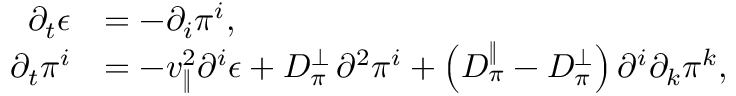
\begin{array} { r l } { \partial _ { t } \epsilon } & { = - \partial _ { i } \pi ^ { i } , } \\ { \partial _ { t } \pi ^ { i } } & { = - v _ { \| } ^ { 2 } \partial ^ { i } \epsilon + D _ { \pi } ^ { \perp } \, \partial ^ { 2 } \pi ^ { i } + \left( D _ { \pi } ^ { \| } - D _ { \pi } ^ { \perp } \right) \partial ^ { i } \partial _ { k } \pi ^ { k } , } \end{array}